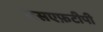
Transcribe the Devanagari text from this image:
एसएफ़टीपी